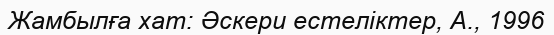
Жамбылға хат: Әскери естеліктер, А., 1996